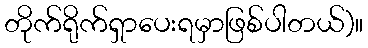
တိုက်ရိုက်ရှာပေးရမှာဖြစ်ပါတယ်)။